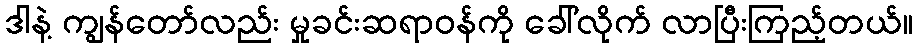
ဒါနဲ့ ကျွန်တော်လည်း မှုခင်းဆရာဝန်ကို ခေါ်လိုက် လာပြီးကြည့်တယ်။